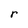
Character: r